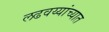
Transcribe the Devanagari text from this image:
लढवय्यांच्यात